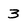
Character: 3